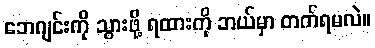
ဘေဂျင်းကို သွားဖို့ ရထားကို ဘယ်မှာ တက်ရမလဲ။